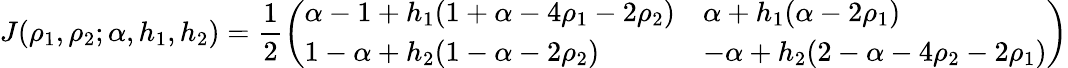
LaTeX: J(\rho_{1},\rho_{2};\alpha,h_{1},h_{2})=\frac{1}{2}\left(\begin{array}{ll}{\alpha-1+h_{1}(1+\alpha-4\rho_{1}-2\rho_{2})}&{\alpha+h_{1}(\alpha-2\rho_{1})}\\ {1-\alpha+h_{2}(1-\alpha-2\rho_{2})}&{-\alpha+h_{2}(2-\alpha-4\rho_{2}-2\rho_{1})}\end{array}\right)